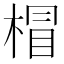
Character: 𣔺